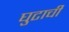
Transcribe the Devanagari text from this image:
घुटाची